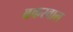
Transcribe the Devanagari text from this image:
बकरवाल